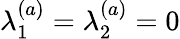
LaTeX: \lambda_{1}^{(a)}=\lambda_{2}^{(a)}=0